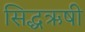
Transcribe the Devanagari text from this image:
सिद्धऋषी